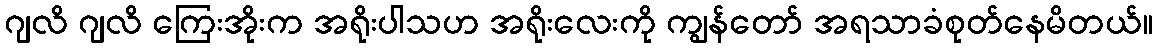
ဂျလိ ဂျလိ ကြေးအိုးက အရိုးပါသဟ အရိုးလေးကို ကျွန်တော် အရသာခံစုတ်နေမိတယ်။